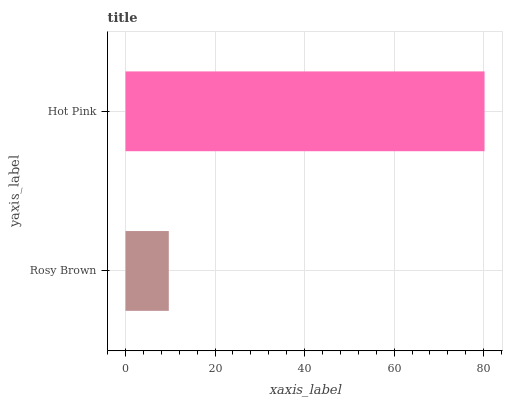
| yaxis_label | bars |
 | --- | --- |
 | Rosy Brown | 9.67 |
 | Hot Pink | 80.2 |